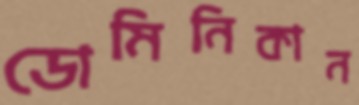
ডোমিনিকান